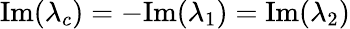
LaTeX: \mathrm{Im}(\lambda_{c})=-\mathrm{Im}(\lambda_{1})=\mathrm{Im}(\lambda_{2})